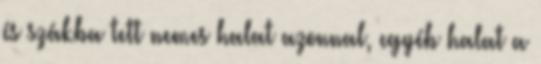
és szákba tett nemes halat azonnal, egyéb halat a